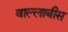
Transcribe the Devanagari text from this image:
वाल्लाबीस